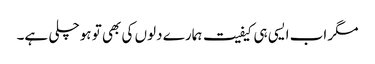
مگر اب ایسی ہی کیفیت ہمارے دلوں کی بھی تو ہوچلی ہے۔